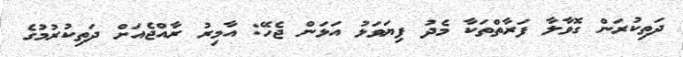
ދަތިކުރަން ގޮވާލާ ފަރާތްތަކާ މެދު ފިޔަވަޅު އަޅަން ޖެހޭ: އާމިރު ރާއްޖެއަށް ދަތިކުރުމުުގެ